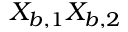
X _ { b , 1 } X _ { b , 2 }